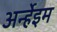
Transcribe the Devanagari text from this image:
अर्न्हेइम